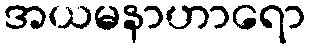
အယမနာဟာရော